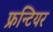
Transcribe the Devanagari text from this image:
फ्रन्टियर